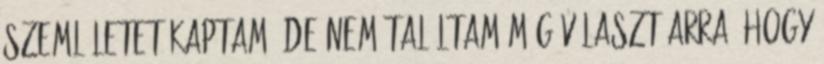
szemléletet kaptam, de nem találtam még választ arra, hogy